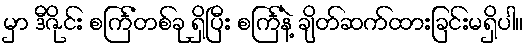
မှာ ဒီဇိုင်း စင်္ကြံတစ်ခု ရှိပြီး စင်္ကြံနဲ့ ချိတ်ဆက်ထားခြင်းမရှိပါ။